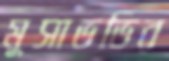
মুসাভভির